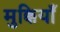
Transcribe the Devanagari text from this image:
मुक्कियाँ